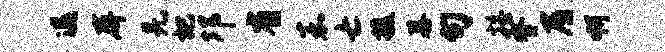
退屏羌杷邛省嘉亡援暮句摇脊屑啊